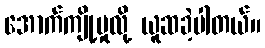
အောက်ကျို့မှုလို့ ယူဆခဲ့ပါတယ်။